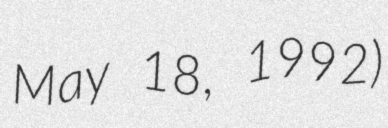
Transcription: May 18, 1992)